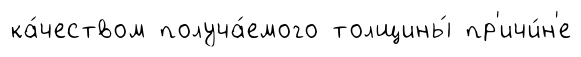
ка́чеством получа́емого толщины́ пр'ичи́н'е